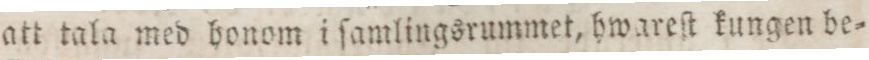
att tala med honom i ſamlingsrummet, hwareſt kungen be=